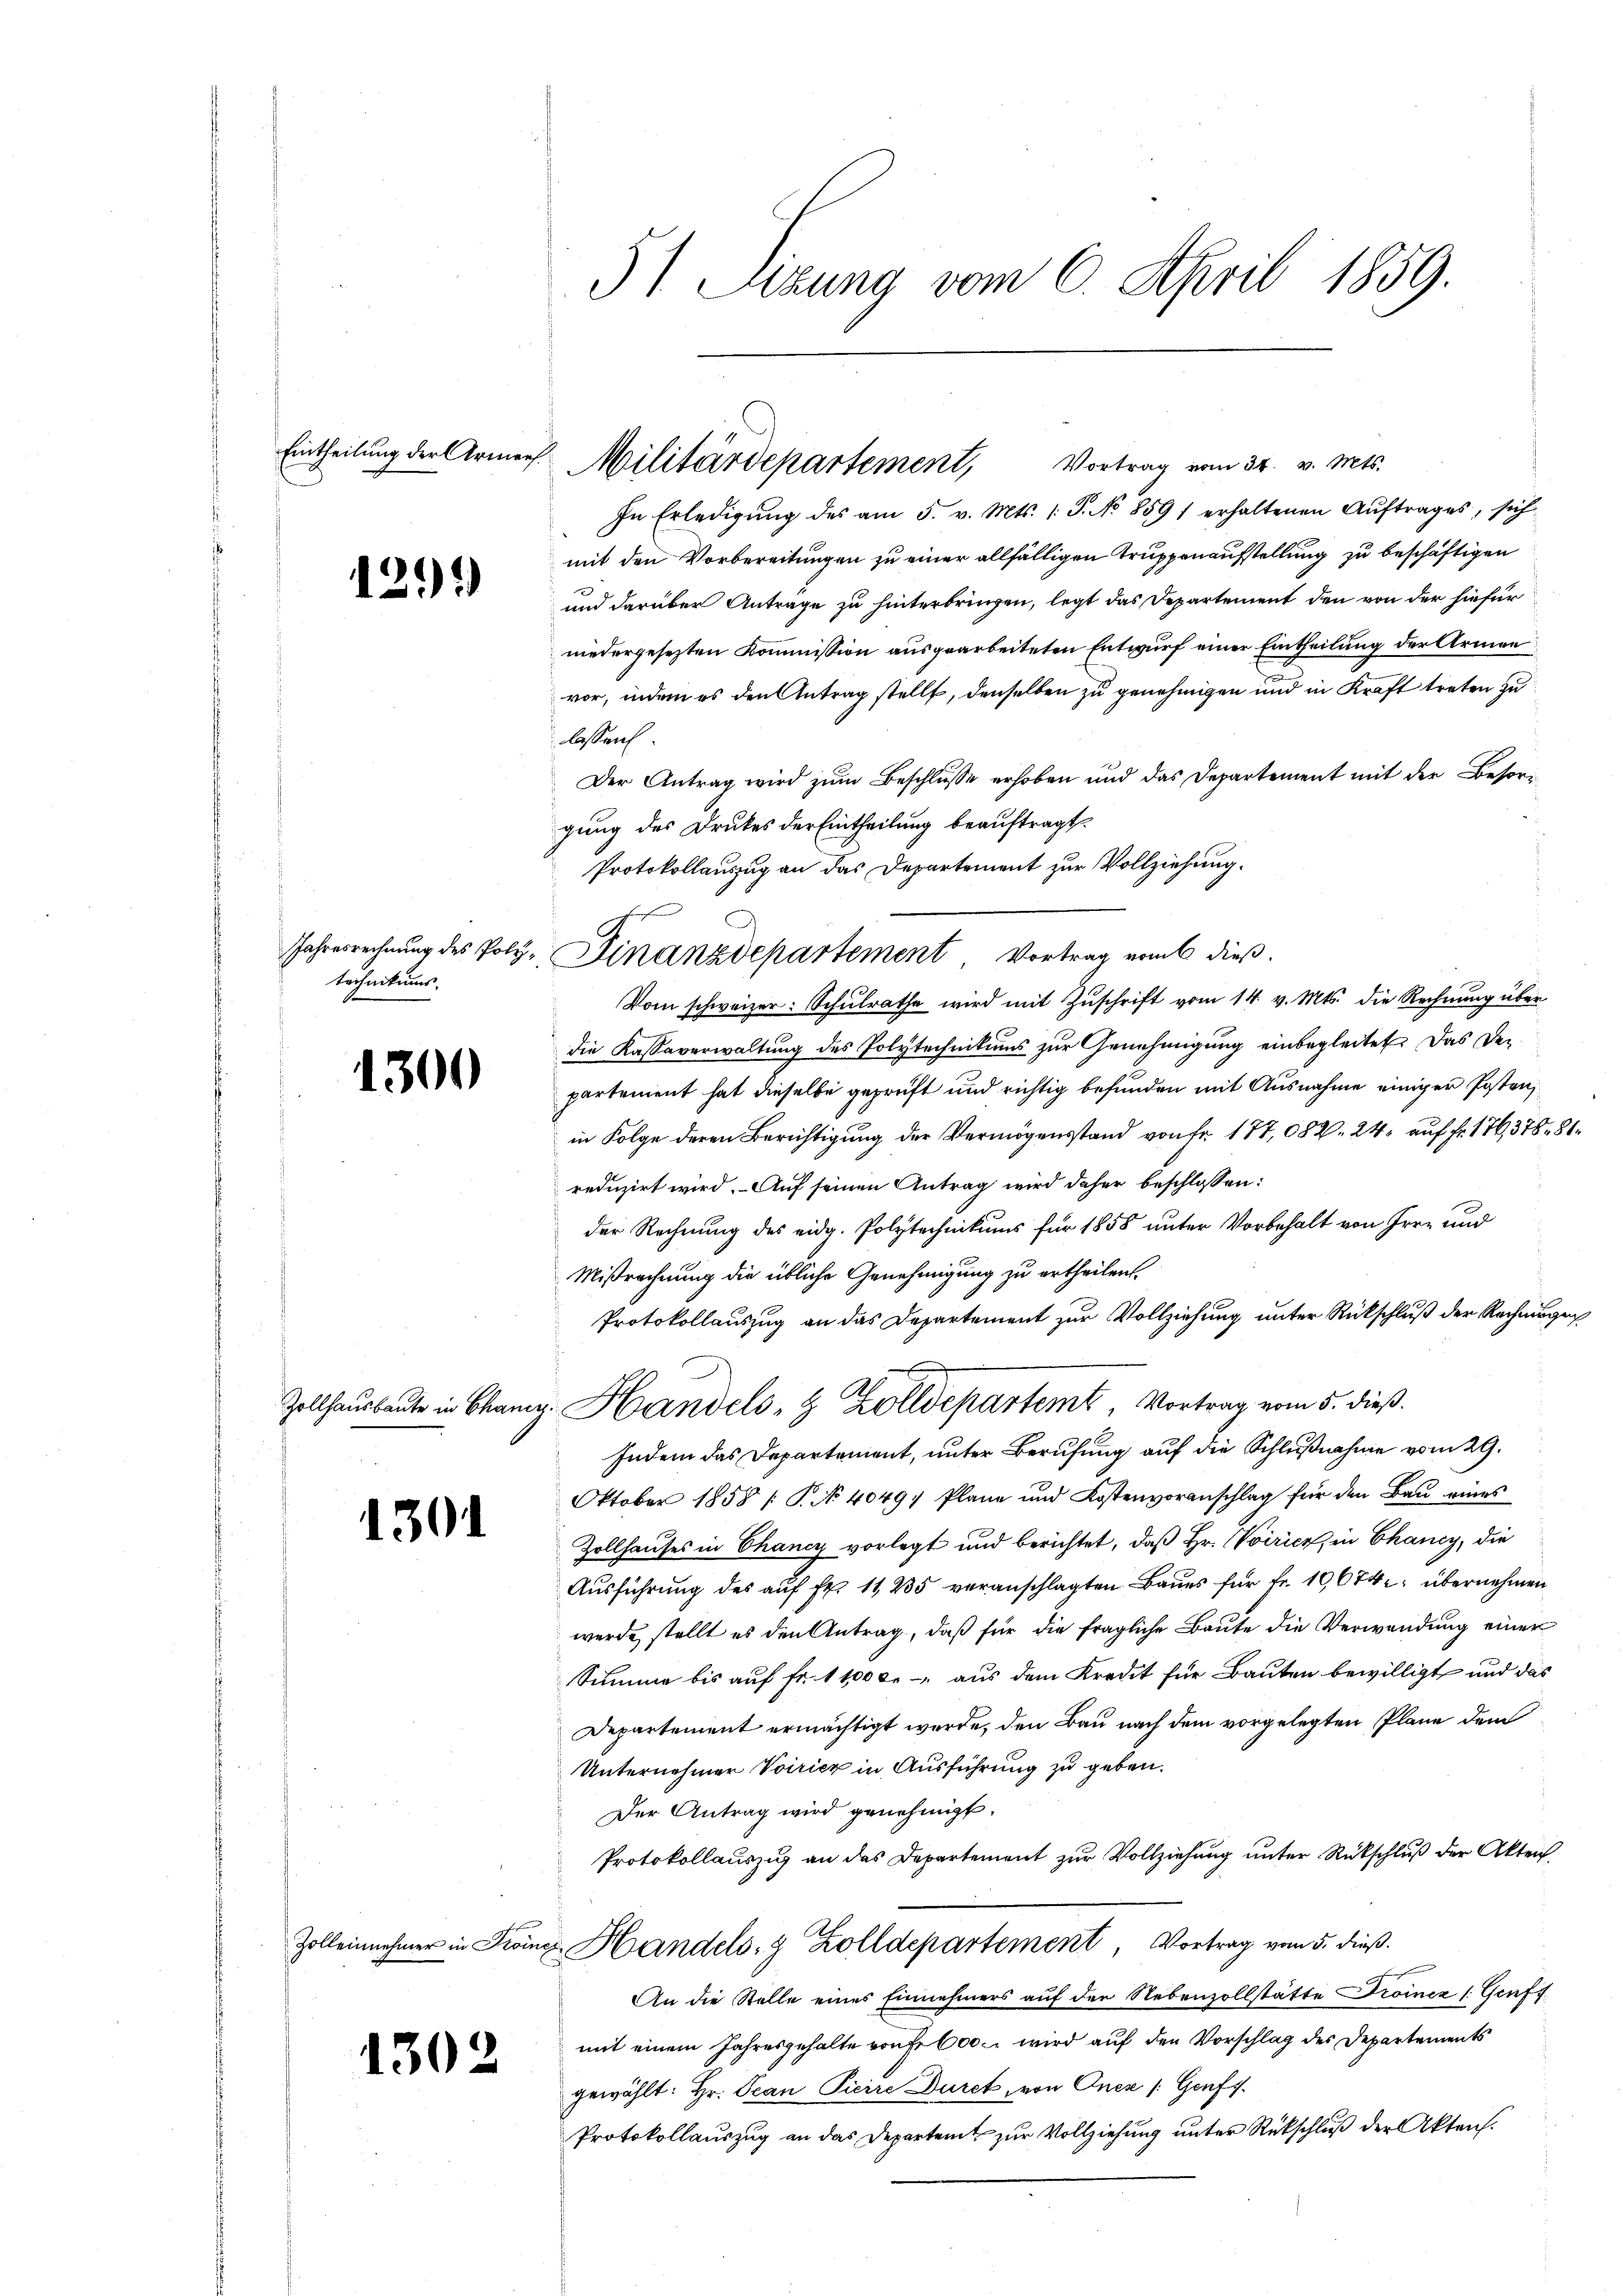
1291)

Jahresrechnung des Polytechnikums

1300

Zollhausbaute in Chanen

1301

Zolleinehmer in Troin

1302

51 Sitzung vom 6. April 1859.

Eintheilung der Armens Militärdepartement, Vortrag vom 31. v. Mts.

In Erledigŭng des am 5. v. Mts. 1. J. No 859 erhaltenen Aŭftrages, sich
mit den Vorbereitungen zu einer allfälligen Truppenaufstellung zu beschäftigen
)
und darüber Anträge zu hinterbringen, legt das Departement den von der hiefür
niedergesezten Kommission ausgearbeiteten Entwurf einer Eintheilung der Armen
vor, indem es den Antrag stellt, denselben zu genehmigen und in Kraft treten zu
lassen
Der Antrag wird zum Beschlusse erhoben und das Departement mit der Besorgung des Druckes der Eintheilung beauftragt.
Protokollauszug an das Departement zur Vollziehung.
Vom schweizer. Schulrathe wird mit Zuschrift vom 14. v. Mts. die Rechnung über
die Kassaverwaltung des Polytechnikums zur Genehmigung einbegleitet. Das De-
partement hat dieselbe geprüft und richtig befunden mit Ausnahme einiger Posten
in Folge deren Berichtigung der Vermögensstand von Fr. 177,082. 24, auf Fr. 176,376. 86
reduzirt wird. - Auf seinen Antrag wird daher beschlossen:
der Rechnung des eidg. Polytechnikums für 1858 unter Vorbehalt von Irre und
Mißrechnung die übliche Genehmigung zu ertheilen.
Protokollauszug an das Departement zur Vollziehung unter Rückschluß der Rechnungen,
v. Handels- & Zolldeparteme, Vortrag vom 5. dieß.
Indem das Departement, unter Berufung auf die Schlußnahme vom 29.
Oktober 1858 / P. No 4049, Plane und Kostenvoranschlag für den Bau eines
Zollhauses in Chancy vorlegt und berichtet, daß Hr. Voiricz in Chancy, die
Aŭsführŭng des aŭf fr. 11 235 veranschlagten Baŭes für fr. 10674: übernehmen
werde, stellt es den Antrag, daß für die fragliche Baute die Verwendung einer
Summe bis auf Fr. 11000. aus dem Kredit für Bauten bewilligt und das
Departement ermächtigt werde, den Bau nach dem vorgelegten Plane dem
Unternehmer Voirier in Ausführung zu geben.
Der Antrag wird genehmigt.
Protokollauszig an das Departement zur Vollziehung unter Rückschluß der Akten,
u Handels- & Zolldepartement, Vortrag vom 5. dieß.
An die Stelle eines Einnehmers auf der Nebenzollstätte Droicz /:Geuff
mit einem Jahresgehalte von fr 600 c. wird auf den Vorschlag des Departements
gewählt: Hr. Pean Pierre Durch, von Oncz (Genf s.
Protokollauszug an das Departent zur Vollziehung unter Rückschluß der Akten.

f
Finanzdepartement Vortrag vom 6 dieß.